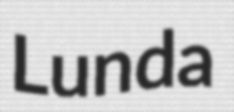
Lunda